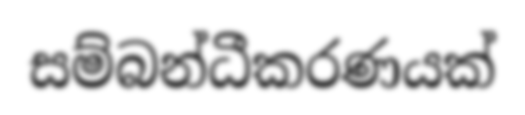
සම්බන්ධීකරණයක්